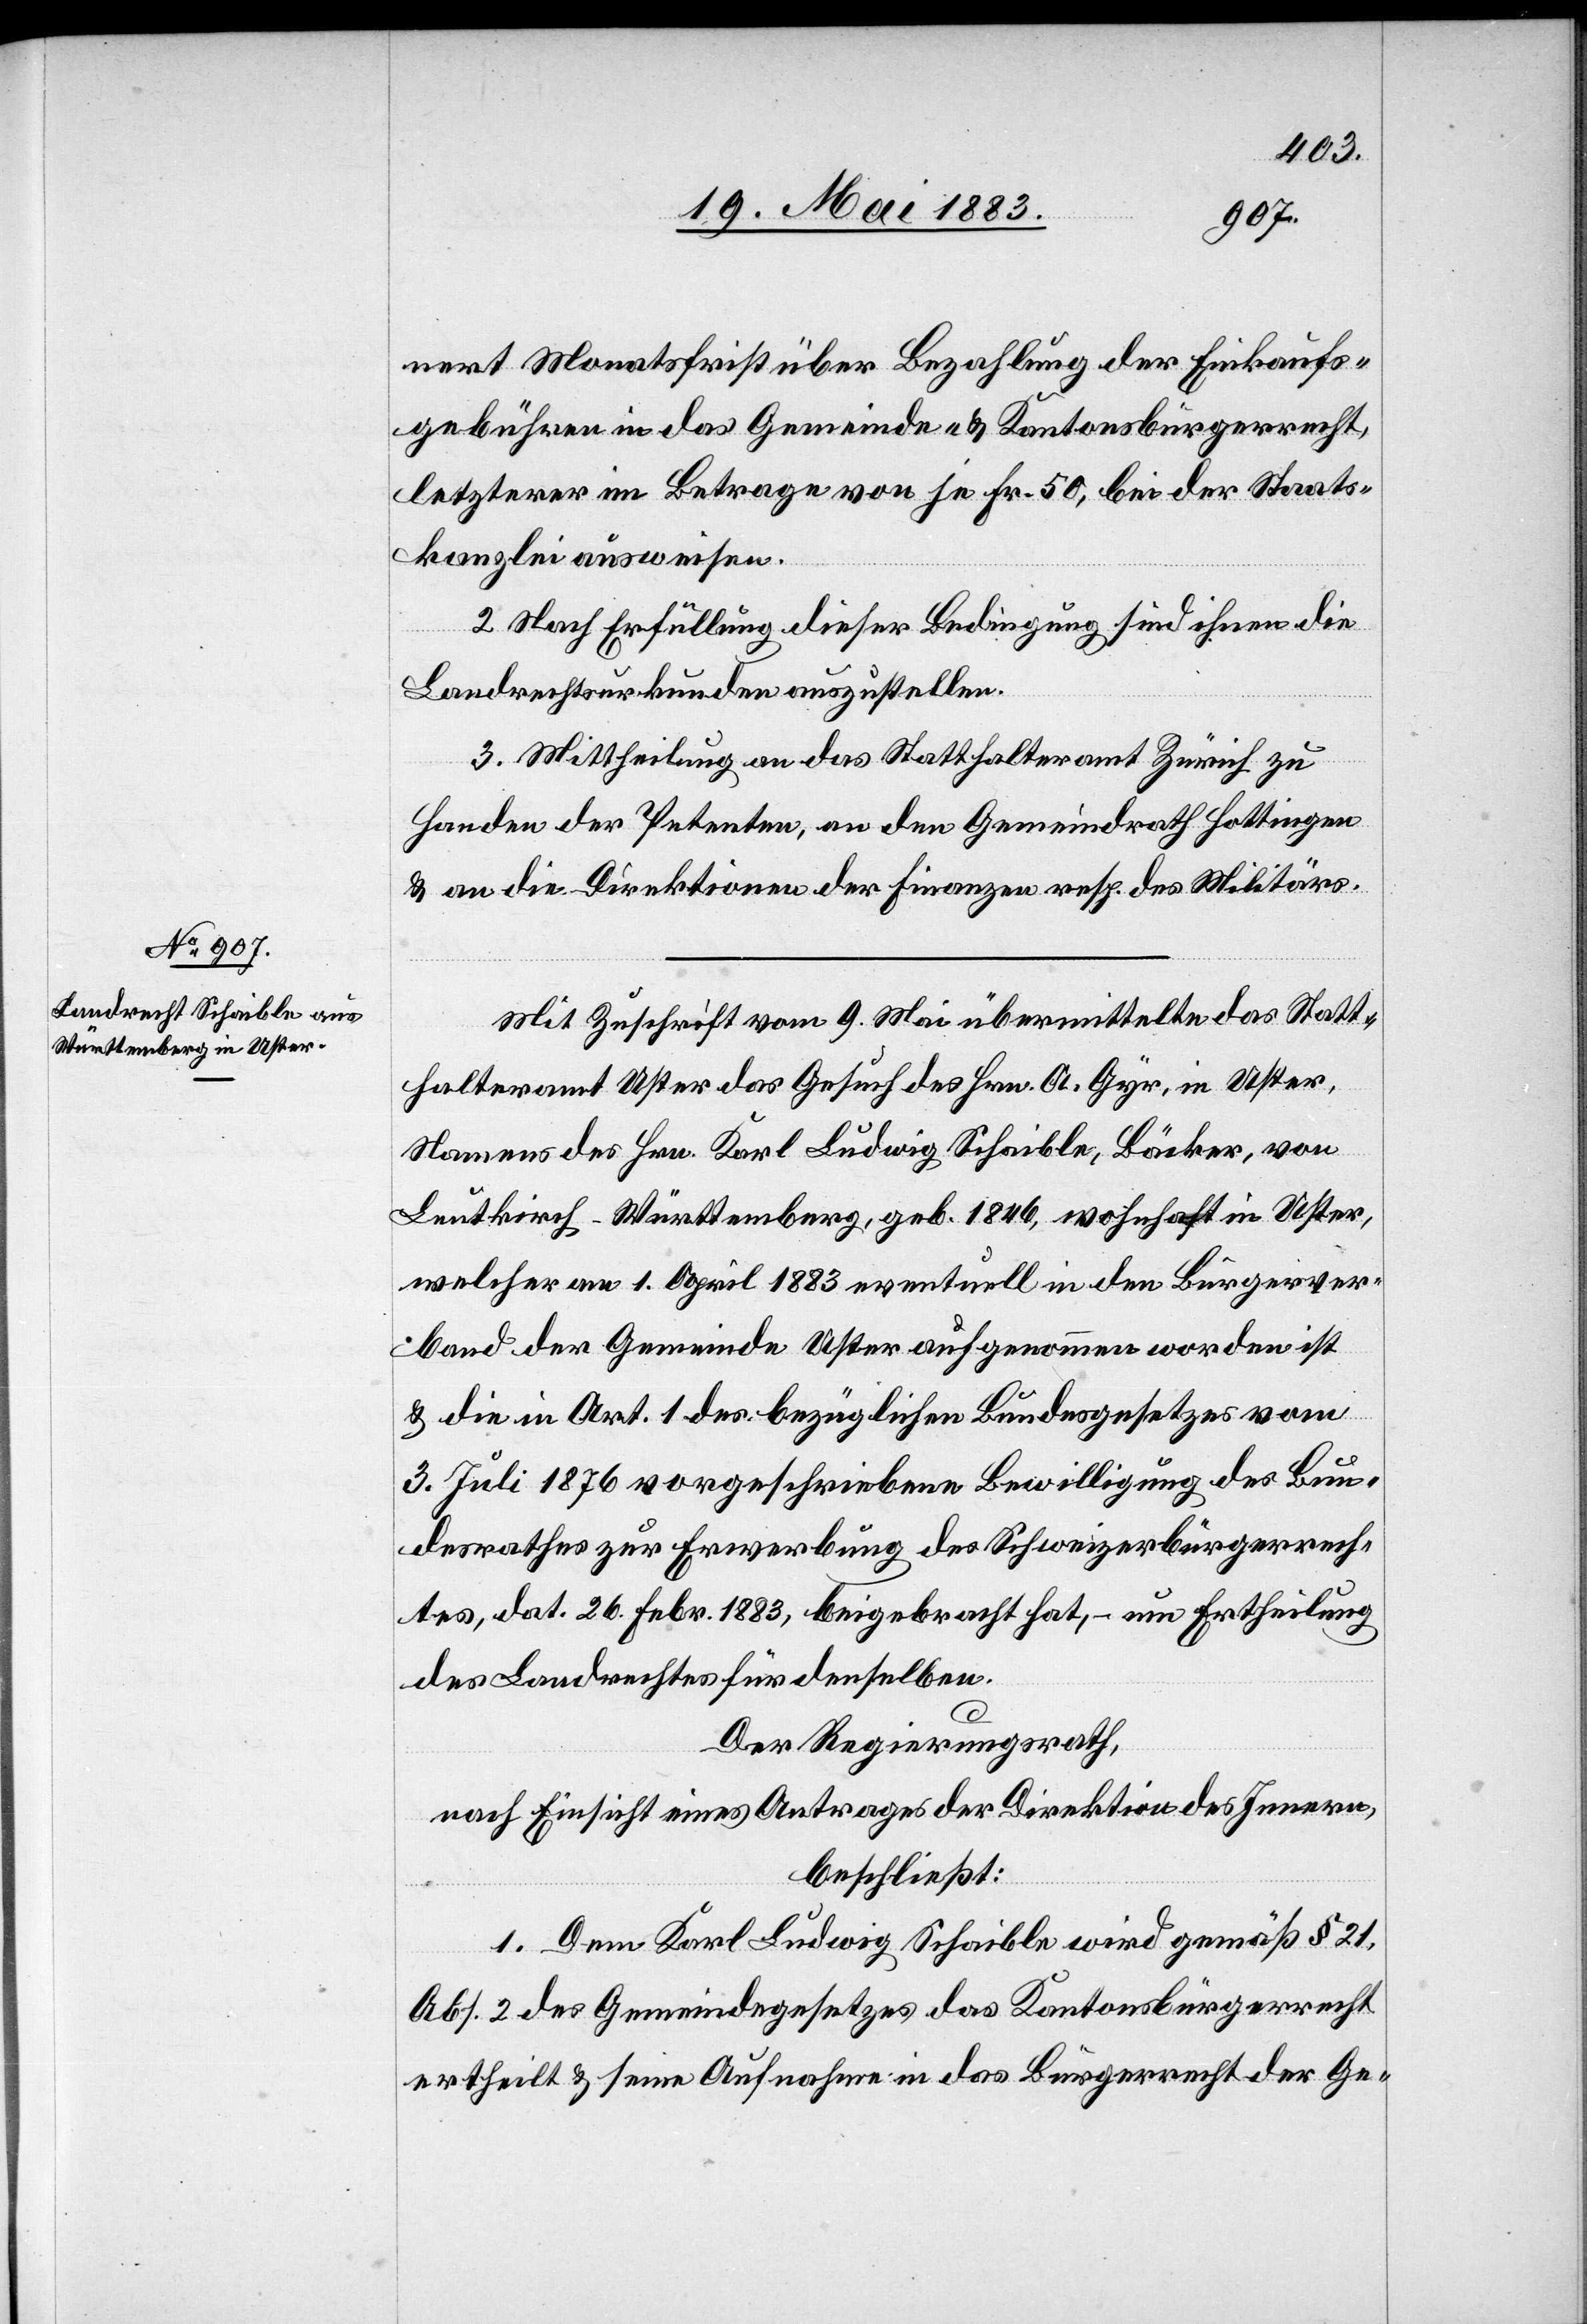
nert Monatsfrist über Bezahlung der Einkaufs¬
gebühren in das Gemeinde- & Kantonsbürgerrecht,
letzterer im Betrage von je Fr. 50, bei der Staats¬
kanzlei ausweisen.
2. Nach Erfüllung dieser Bedingung sind ihnen die
Landrechtsurkunden auszustellen.
3. Mittheilung an das Statthalteramt Zürich zu
Handen der Petenten, an den Gemeindrath Hottingen
& an die Direktion der Finanzen resp. des Militärs.
Mit Zuschrift vom 9. Mai übermittelte das Statt¬
halteramt Uster das Gesuch des Hrn. A. Gyr, in Uster,
Namens des Hrn. Karl Ludwig Schaible, Bäcker, von
Leitkirch - Württemberg, geb. 1846, wohnhaft in Uster,
welcher am 1. April 1883 eventuell in den Bürgerver¬
band der Gemeinde Uster aufgenommen worden ist
& die in Art. 1 des bezüglichen Bundesgesetzes vom
3. Juli 1876 vorgeschriebene Bewilligung des Bun¬
desrathes zur Erwerbung des Schweizerbürgerrech¬
tes, dat. 26. Febr. 1883, beigebracht hat, – um Ertheilung
des Landrechtes für denselben.
Der Regierungsrath,
nach Einsicht eines Antrages der Direktion des Innern,
beschließt:
1. Dem Karl Ludwig Schaible wird gemäß § 21,
Abs. 2 des Gemeindegesetzes das Kantonsbürgerrecht
ertheilt & seine Aufnahme in das Bürgerrecht der Ge-